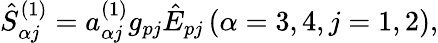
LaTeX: \begin{array}{r}{\hat{S}_{\alpha j}^{(1)}=a_{\alpha j}^{(1)}g_{pj}\hat{E}_{pj}\, (\alpha=3,4,j=1,2),}\end{array}